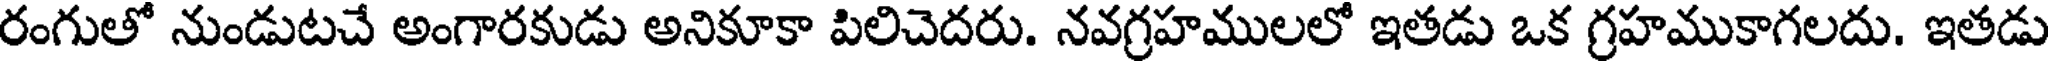
రంగుతో నుండుటచే అంగారకుడు అనికూకా పిలిచెదరు. నవగ్రహములలో ఇతడు ఒక గ్రహముకాగలదు. ఇతడు